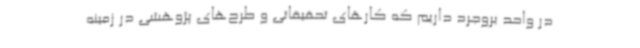
در واحد بروجرد داریم که کارهای تحقیقاتی و طرح‌های پژوهشی در زمینه